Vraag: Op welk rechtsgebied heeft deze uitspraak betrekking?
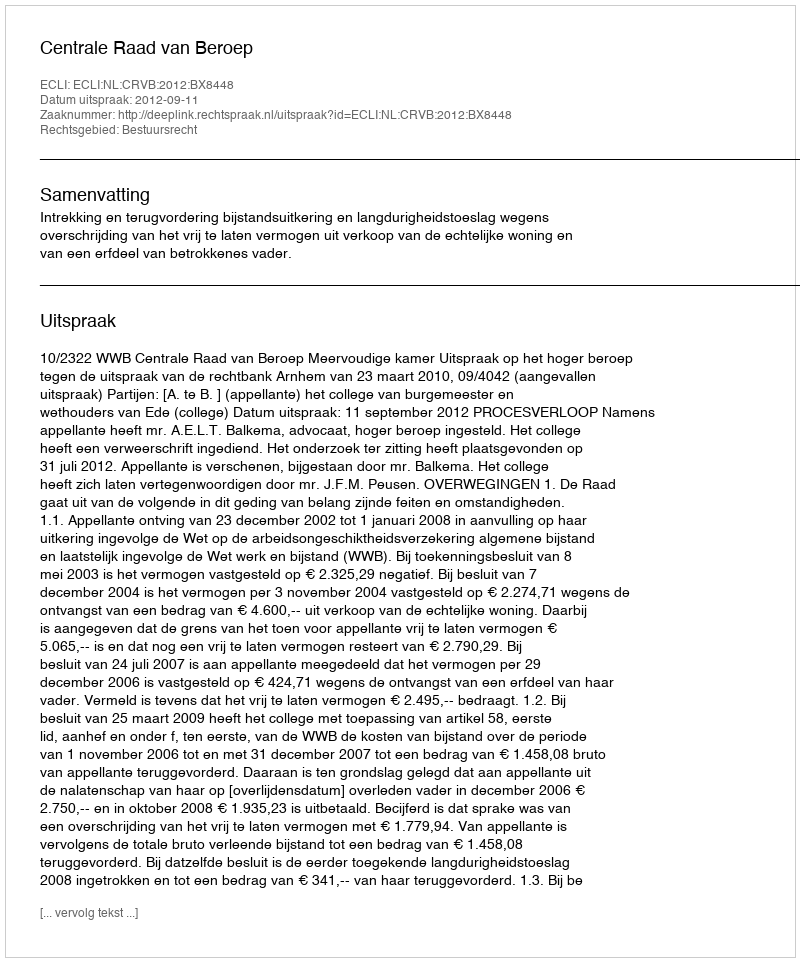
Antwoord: Bestuursrecht